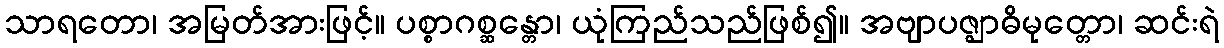
သာရတော၊ အမြတ်အားဖြင့်။ ပစ္စာဂစ္ဆန္တော၊ ယုံကြည်သည်ဖြစ်၍။ အဗျာပဇ္ဈာဓိမုတ္တော၊ ဆင်းရဲ